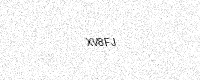
Text: XV8FJ